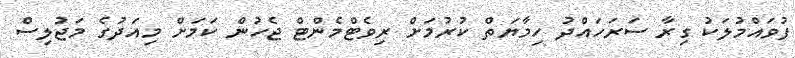
ފުވައްމުލަކު ގިރާ ސަރަހައްދު ހިމާޔަތް ކުރުމަށް ރިވެޓްމެންޓް ޖެހުން ކަމަށް މިއަދުގެ މަޖުލިސް